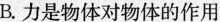
B.力是物体对物体的作用